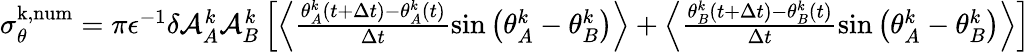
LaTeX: \begin{array}{r}{\sigma_{\theta}^{\mathrm{k,num}}={\pi}\epsilon^{-1}\delta\mathcal{A}_{A}^{k}\mathcal{A}_{B}^{k}\left[\left\langle\frac{\theta_{A}^{k}(t+\Delta t)-\theta_{A}^{k}(t)}{\Delta t}\sin\big(\theta_{A}^{k}-\theta_{B}^{k}\big)\right\rangle+\left\langle\frac{\theta_{B}^{k}(t+\Delta t)-\theta_{B}^{k}(t)}{\Delta t}\sin\big(\theta_{A}^{k}-\theta_{B}^{k}\big)\right\rangle\right]}\end{array}